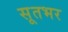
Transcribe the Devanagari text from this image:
सूतभर